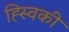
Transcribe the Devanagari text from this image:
ह्स्विकी